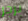
برجر